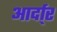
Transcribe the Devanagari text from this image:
आर्दा्र